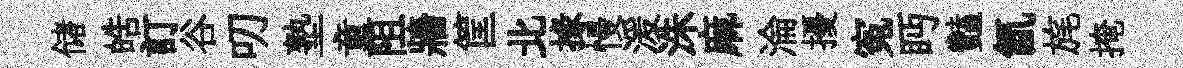
储皓訂谷叨塾童阻牆筐北掾慢湲洙麻淪擾寃眄豔氤旄掩